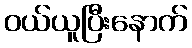
ဝယ်ယူပြီးနောက်